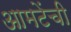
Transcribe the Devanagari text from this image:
आमटेंची